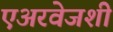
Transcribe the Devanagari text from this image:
एअरवेजशी